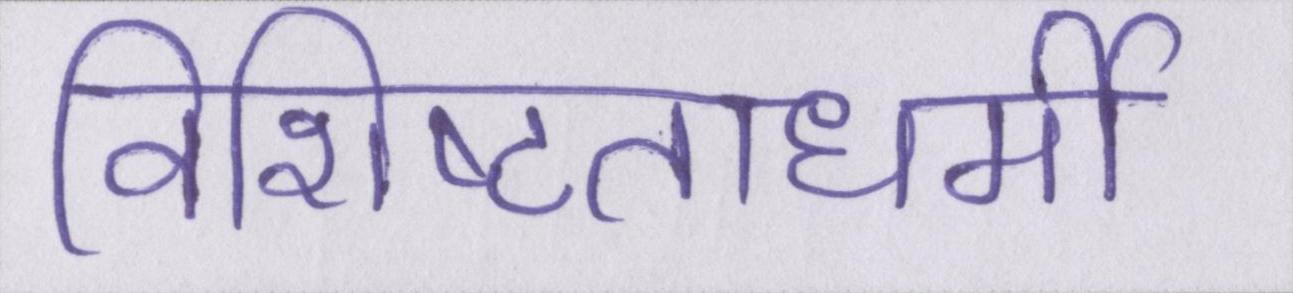
विशिष्टताधर्मी